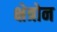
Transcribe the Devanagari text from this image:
क्षेत्रोन